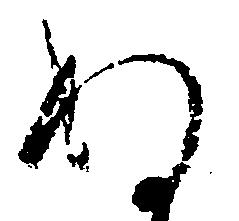
ぬ